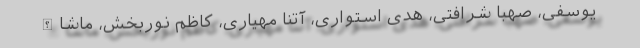
یوسفی، صهبا شرافتی، هدی استواری، آتنا مهیاری، کاظم نوربخش، ماشاالله